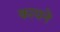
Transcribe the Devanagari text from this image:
कायने